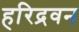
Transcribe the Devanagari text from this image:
हरिद्रवन